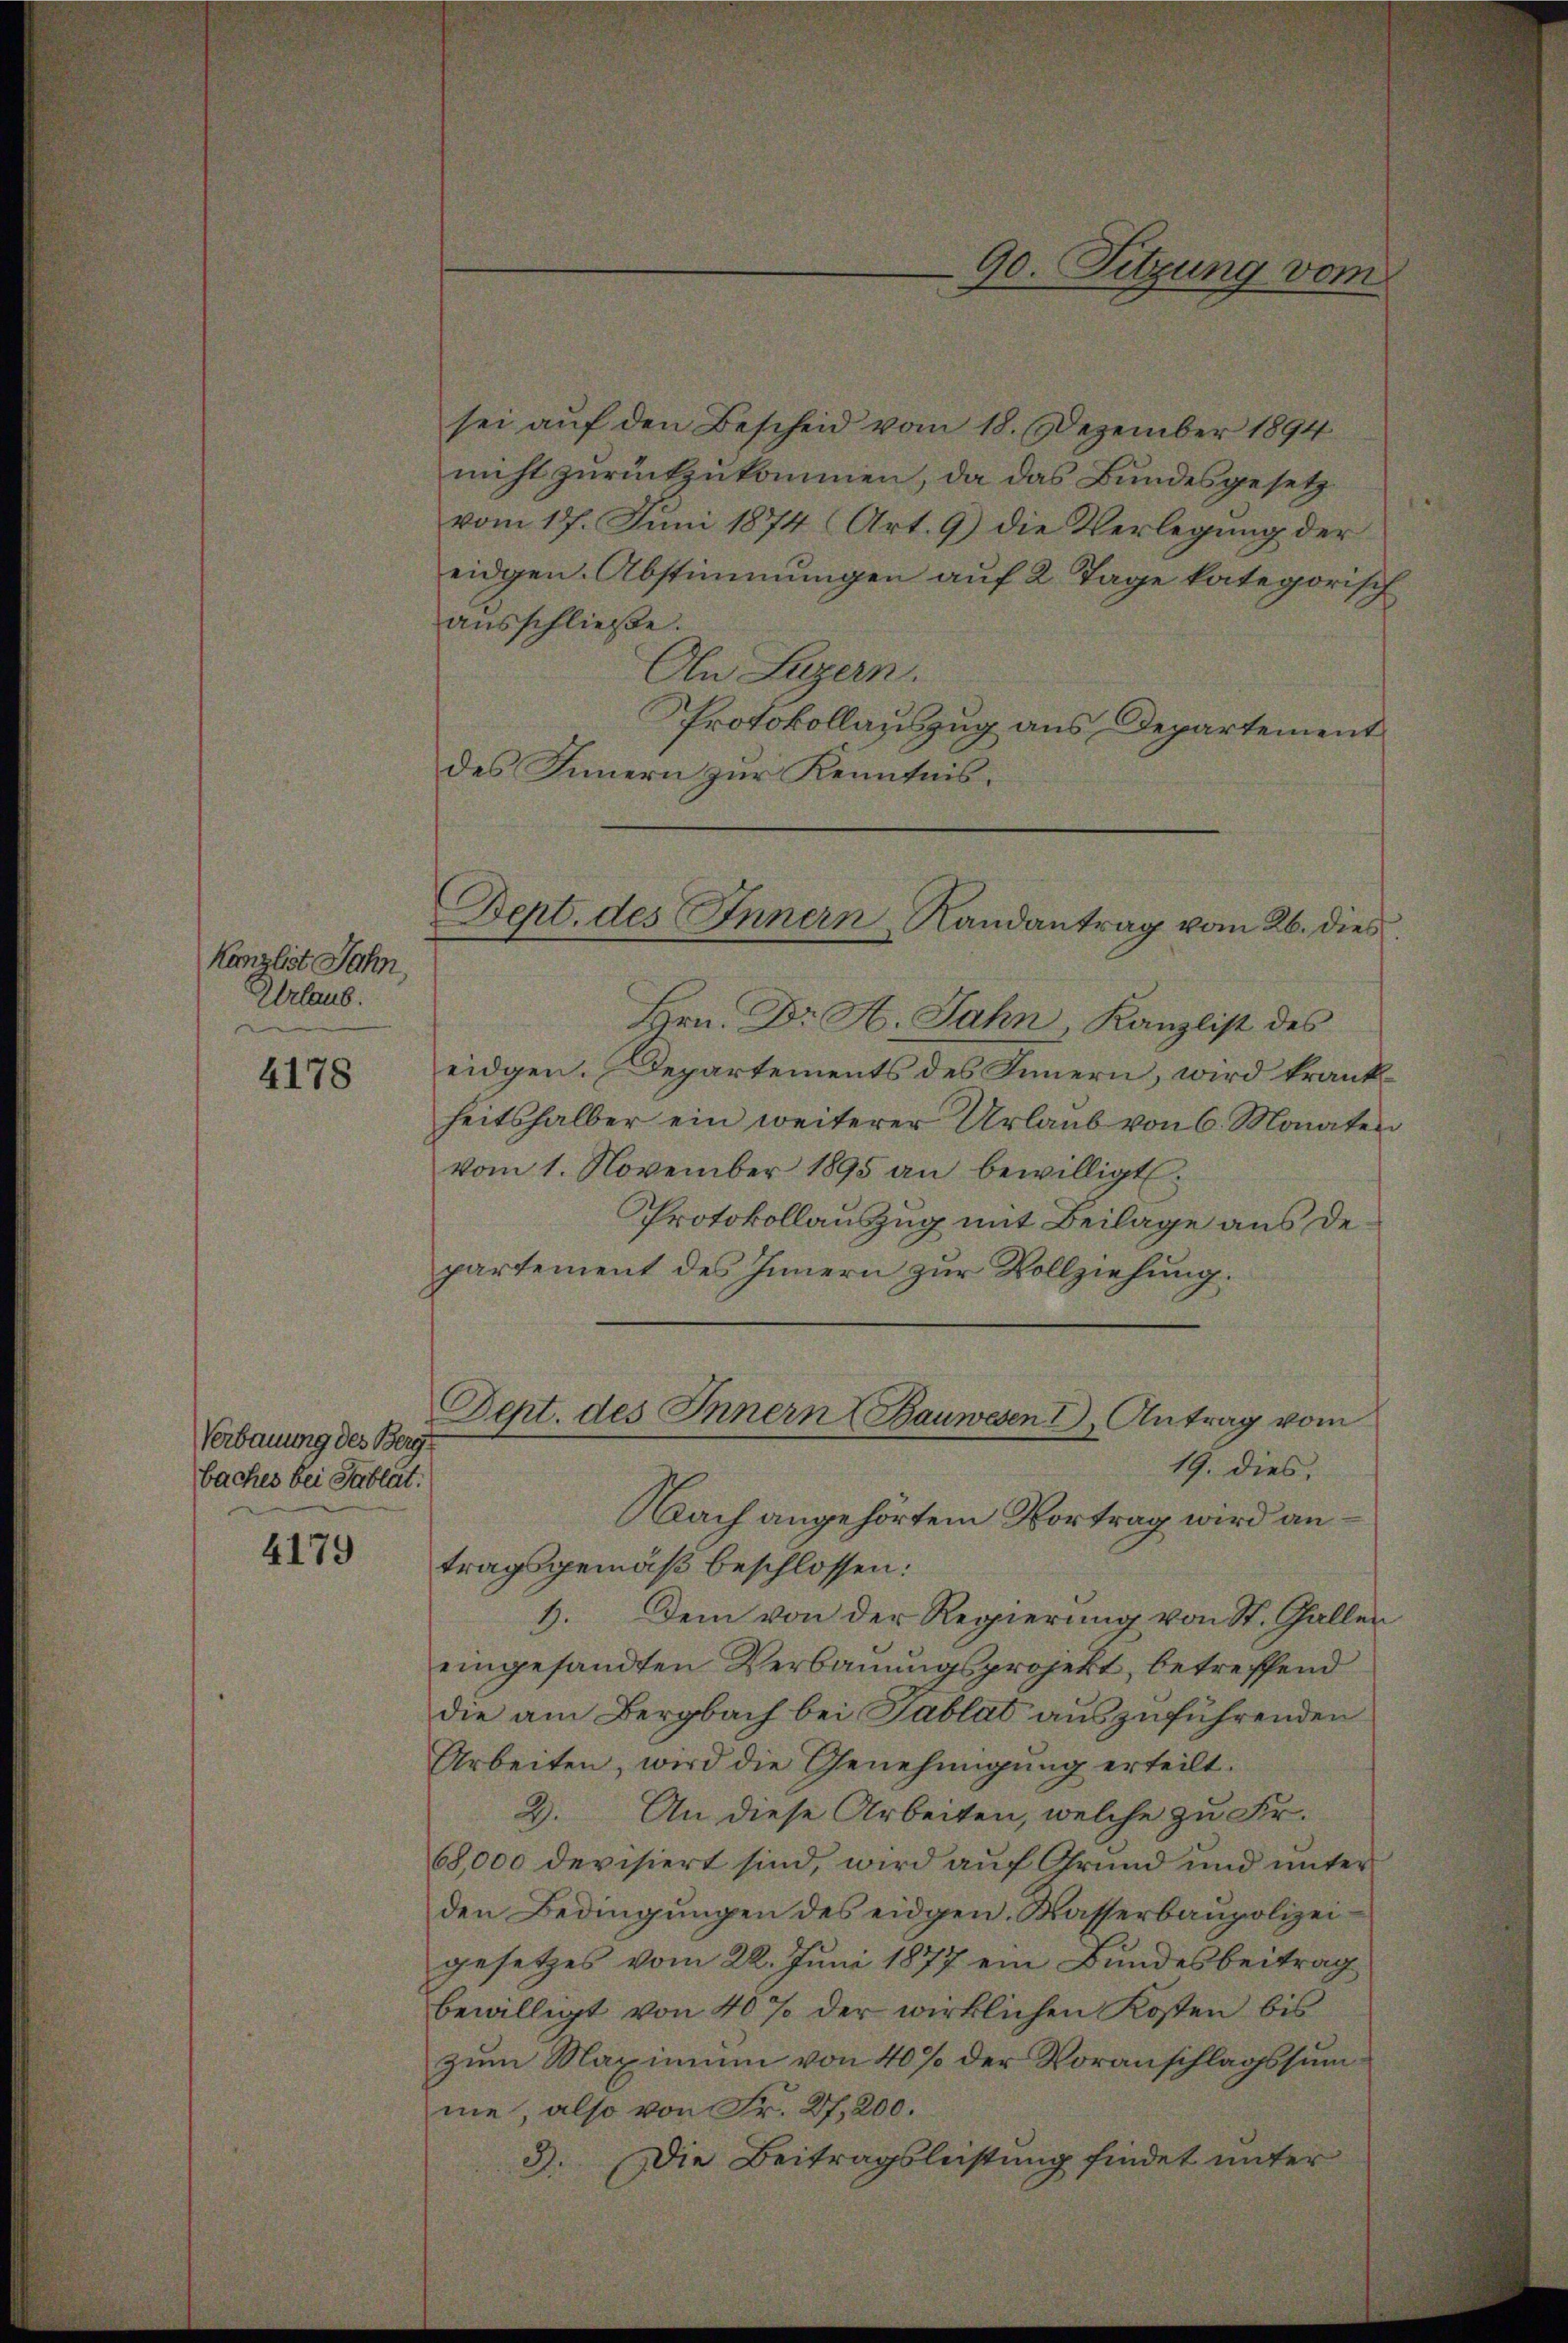
Kanzlist Jahn,
Urlaub.

4178

Verbauung des Berg
baches bei Sablat.

4179

sei auf den Bescheid vom 18. Dezember 1894
nicht zurückzukommen, da das Bundesgesetz
vom 17. Juni 1874 Art. 9) die Verlegung der
eidgen. Abstimmungen auf 2 Tage kategorisch
ausschließe.
An Luzern.
Protokollauszug aus Departement
des Innern zur Kenntnis.
Hrn. Dr A. Jahn, Kanzlist des
eidgen. Departements des Innern, wird krankheitshalber ein weiterer Urlaub von 6. Monaten
vom 1. November 1895 an bewilligt.
Protokollauszug mit Beilage aus de
partement des Innern zur Vollziehung.
Dept. des Innern Bauwesen d. Antrag vom
19. dies
Nach angehörtem Vortrag wird an
tragsgemäß beschlossen:
1. Dem von der Regierung von St. Gallen
eingesandten Verbauungsprojekt, betreffend
die am Bergbach bei Tablat auszuführenden
Arbeiten, wird die Genehmigung erteilt.
2. An diese Arbeiten, welche zu Fr.
68,000 devisiert sind, wird auf Grund und unter
den Bedingungen des eidgen. Wasserbaupolizeigesetzes vom 22. Juni 1877 ein Bundesbeitrag
bewilligt von 40% der wirklichen Kosten bis
zum Maximum von 40% der Voranschlagssumme, also von Fr. 27. 200.
Die Beitragsleistung findet unter
3.

90. Sitzung vom

Dept. des Innern Randantrag vom 26. dies